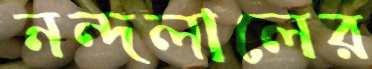
নন্দলালের